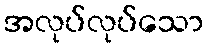
အလုပ်လုပ်သော